Problem: 16 + 35 = ?
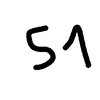
Handwritten answer: 51